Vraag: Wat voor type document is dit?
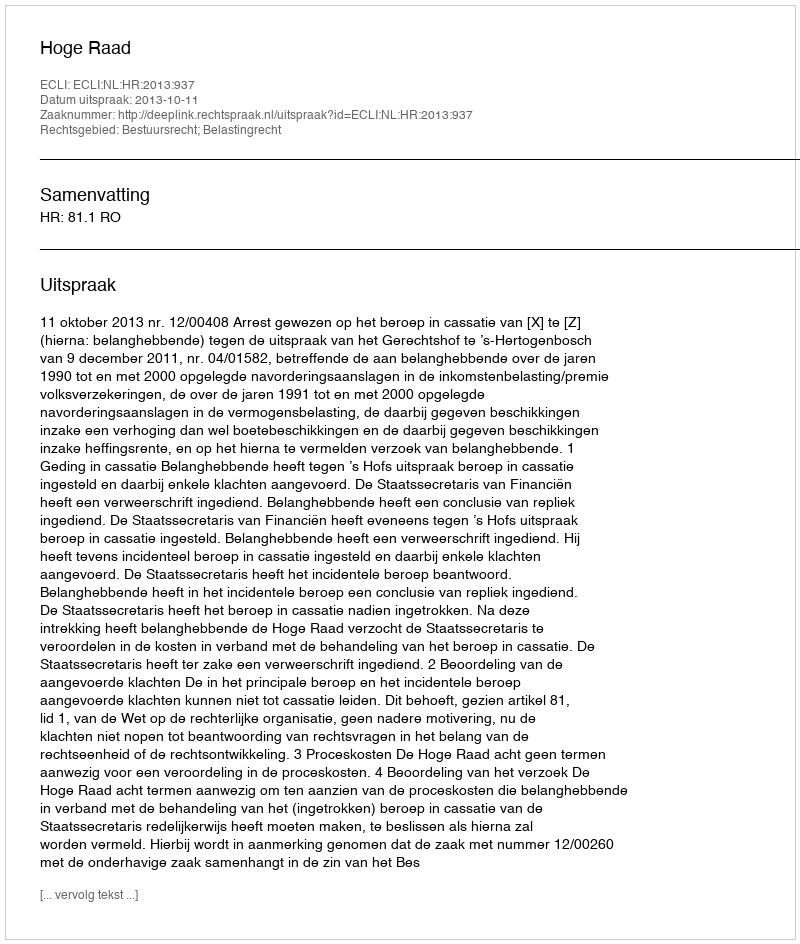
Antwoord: Uitspraak